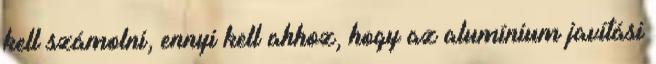
kell számolni, ennyi kell ahhoz, hogy az alumínium javítási